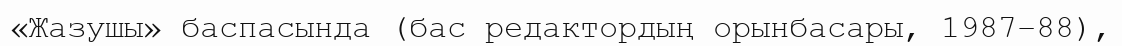
«Жазушы» баспасында (бас редактордың орынбасары, 1987–88),